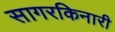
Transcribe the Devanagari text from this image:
सागरकिनारी